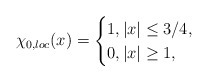
\begin{align*}\chi_{0,loc}(x)=\begin{cases}1, |x|\leq 3/4,\\0, |x|\geq 1,\end{cases}\end{align*}